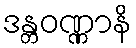
ဒန္တဝဏ္ဏာနိ